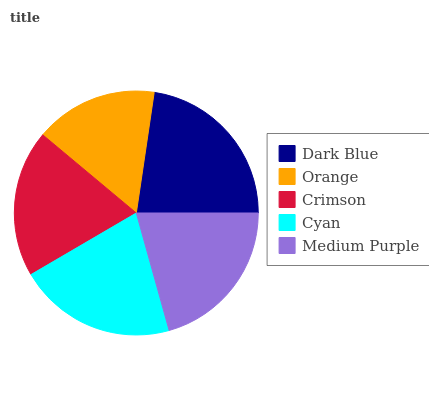
| Dark Blue | Orange | Crimson | Cyan | Medium Purple |
 | --- | --- | --- | --- | --- |
 | 22.6% | 16.2% | 19.6% | 20.9% | 20.7% |